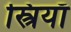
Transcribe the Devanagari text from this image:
स्त्रियाँं